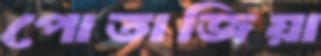
পোতাজিয়া